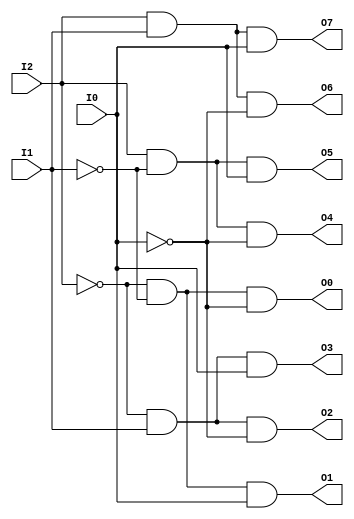
module dco(I2, I1, I0, O7, O6, O5, O4, O3, O2, O1, O0);
	input I2, I1, I0;
	output O7, O6, O5, O4, O3, O2, O1, O0;
	assign O7 = I2&I1&I0;
	assign O6 = I2&I1&(~I0);
	assign O5 = I2&(~I1)&I0;
	assign O4 = I2&(~I1)&(~I0);
	assign O3 = (~I2)&I1&I0;
	assign O2 = (~I2)&I1&(~I0);
	assign O1 = (~I2)&(~I1)&I0;
	assign O0 = (~I2)&(~I1)&(~I0);
endmodule

module test;
	reg i2, i1, i0;
	wire o7, o6, o5, o4, o3, o2, o1, o0;
	dco gco(i2, i1, i0, o7, o6, o5, o4, o3, o2, o1, o0);
	initial begin
		$dumpfile("decoder8X3(Data Flow Modelling).vcd");
		$dumpvars(0,test);
		$display("I2\tI1\tI0\tO7\tO6\tO5\tO4\tO3\tO2\tO1\tO0");
		$monitor("%b\t%b\t%b\t%b\t%b\t%b\t%b\t%b\t%b\t%b\t%b\t",i2,i1,i0,o7,o6,o5,o4,o3,o2,o1,o0);
		#0  i2=0;i1=0;i0=0;
		#10 i2=0;i1=0;i0=1;
		#10 i2=0;i1=1;i0=0;
		#10 i2=0;i1=1;i0=1;
		#10 i2=1;i1=0;i0=0;
		#10 i2=1;i1=0;i0=1;
		#10 i2=1;i1=1;i0=0;
		#10 i2=1;i1=1;i0=1;
		#10 
		$finish;
	end
endmodule